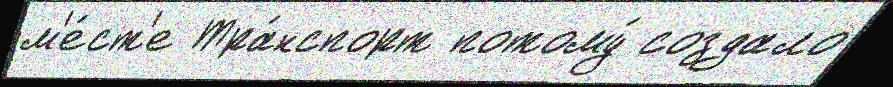
м'е́ст'е Тра́нспорт потому́ создало